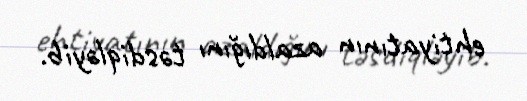
ehtiyatının azaldığını təsdiqləyib.